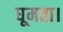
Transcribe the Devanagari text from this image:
घूमता।